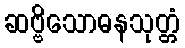
ဆဗ္ဗိသောဓနသုတ္တံ